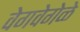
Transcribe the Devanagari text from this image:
वेगवेगेळे